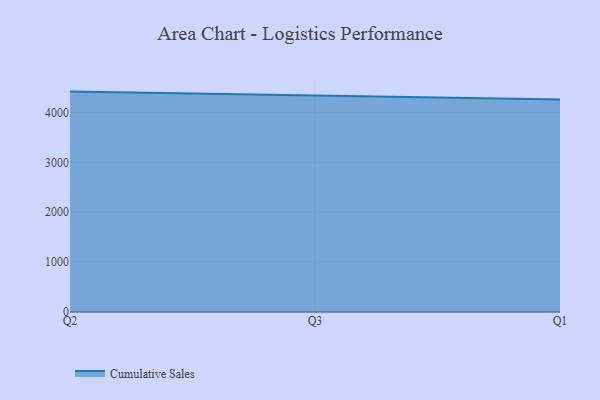
{"axis": {"x": "Quarter", "y": "Bounce Rate (%)"}, "legend": ["Cumulative Sales"], "data": [{"x": "Q2", "y": 4418.8, "type": "Cumulative Sales"}, {"x": "Q3", "y": 4340.1, "type": "Cumulative Sales"}, {"x": "Q1", "y": 4258.7, "type": "Cumulative Sales"}]}